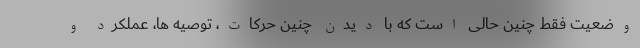
وضعیت فقط چنین حالی است که با دیدن چنین حرکات، توصیه ها، عملکرد و